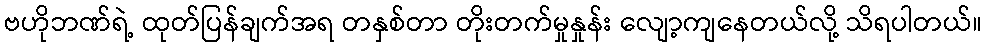
ဗဟိုဘဏ်ရဲ့ ထုတ်ပြန်ချက်အရ တနှစ်တာ တိုးတက်မှုနှုန်း လျော့ကျနေတယ်လို့ သိရပါတယ်။